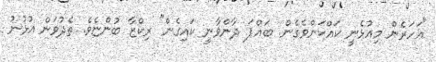
"އަހަރެން މިއުޅެނީ ކައްކަންވެގެން. ބައްޕަ ދާންވާނީ ކައިގެން" ރިކްޒާ ބުންޏެވެ. ތެދުވަން އުޅުނު